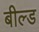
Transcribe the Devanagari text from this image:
बील्ड